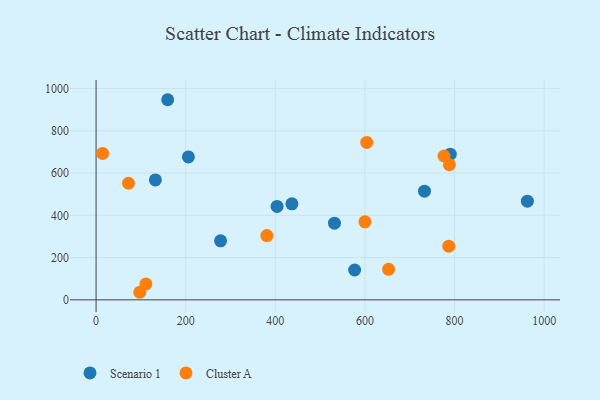
{"axis": {"x": "Ad Spend", "y": "Exam Score"}, "legend": ["Cluster A", "Scenario 1"], "data": [{"x": "132.3", "y": 567.4, "type": "Scenario 1"}, {"x": "403.9", "y": 442.3, "type": "Scenario 1"}, {"x": "577.0", "y": 141.3, "type": "Scenario 1"}, {"x": "206.0", "y": 676.5, "type": "Scenario 1"}, {"x": "790.5", "y": 689.4, "type": "Scenario 1"}, {"x": "437.0", "y": 454.4, "type": "Scenario 1"}, {"x": "159.8", "y": 947.2, "type": "Scenario 1"}, {"x": "277.8", "y": 279.1, "type": "Scenario 1"}, {"x": "732.9", "y": 514.3, "type": "Scenario 1"}, {"x": "962.5", "y": 466.8, "type": "Scenario 1"}, {"x": "532.0", "y": 363.1, "type": "Scenario 1"}, {"x": "72.3", "y": 551.8, "type": "Cluster A"}, {"x": "381.1", "y": 304.0, "type": "Cluster A"}, {"x": "600.0", "y": 369.4, "type": "Cluster A"}, {"x": "111.2", "y": 75.4, "type": "Cluster A"}, {"x": "97.5", "y": 35.8, "type": "Cluster A"}, {"x": "14.6", "y": 693.1, "type": "Cluster A"}, {"x": "776.5", "y": 680.8, "type": "Cluster A"}, {"x": "604.0", "y": 745.1, "type": "Cluster A"}, {"x": "787.1", "y": 254.1, "type": "Cluster A"}, {"x": "788.5", "y": 639.4, "type": "Cluster A"}, {"x": "652.8", "y": 144.5, "type": "Cluster A"}]}